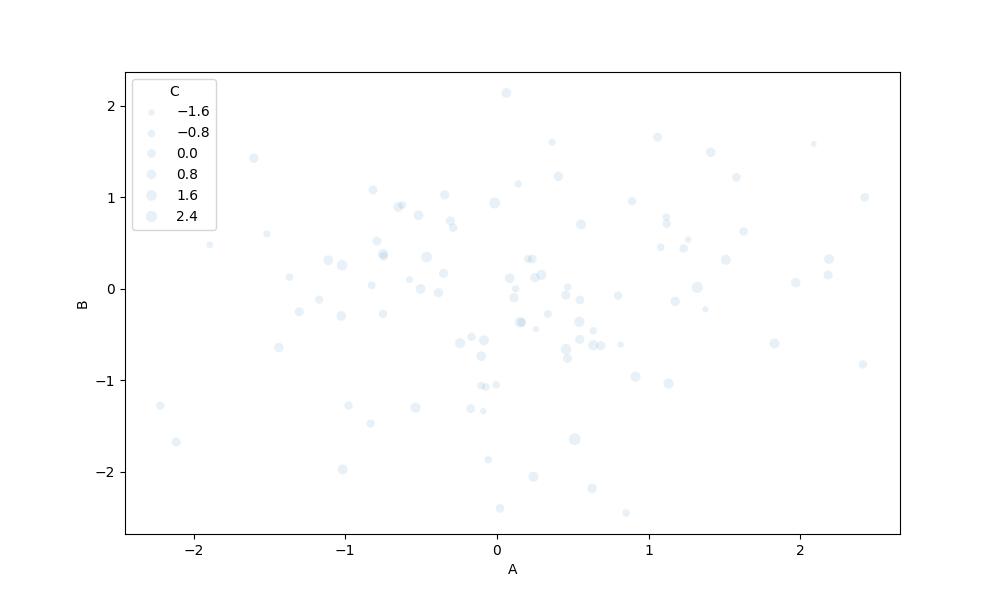
python, seaborn, scatterplot, hue='None', style='None', size='C', palette='muted', alpha=0.1